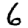
Digit: 6